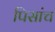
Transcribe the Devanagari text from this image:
पिसांच